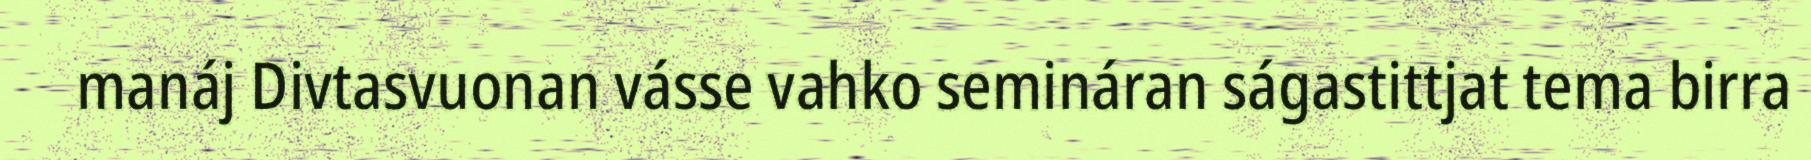
manáj Divtasvuonan vásse vahko semináran ságastittjat tema birra